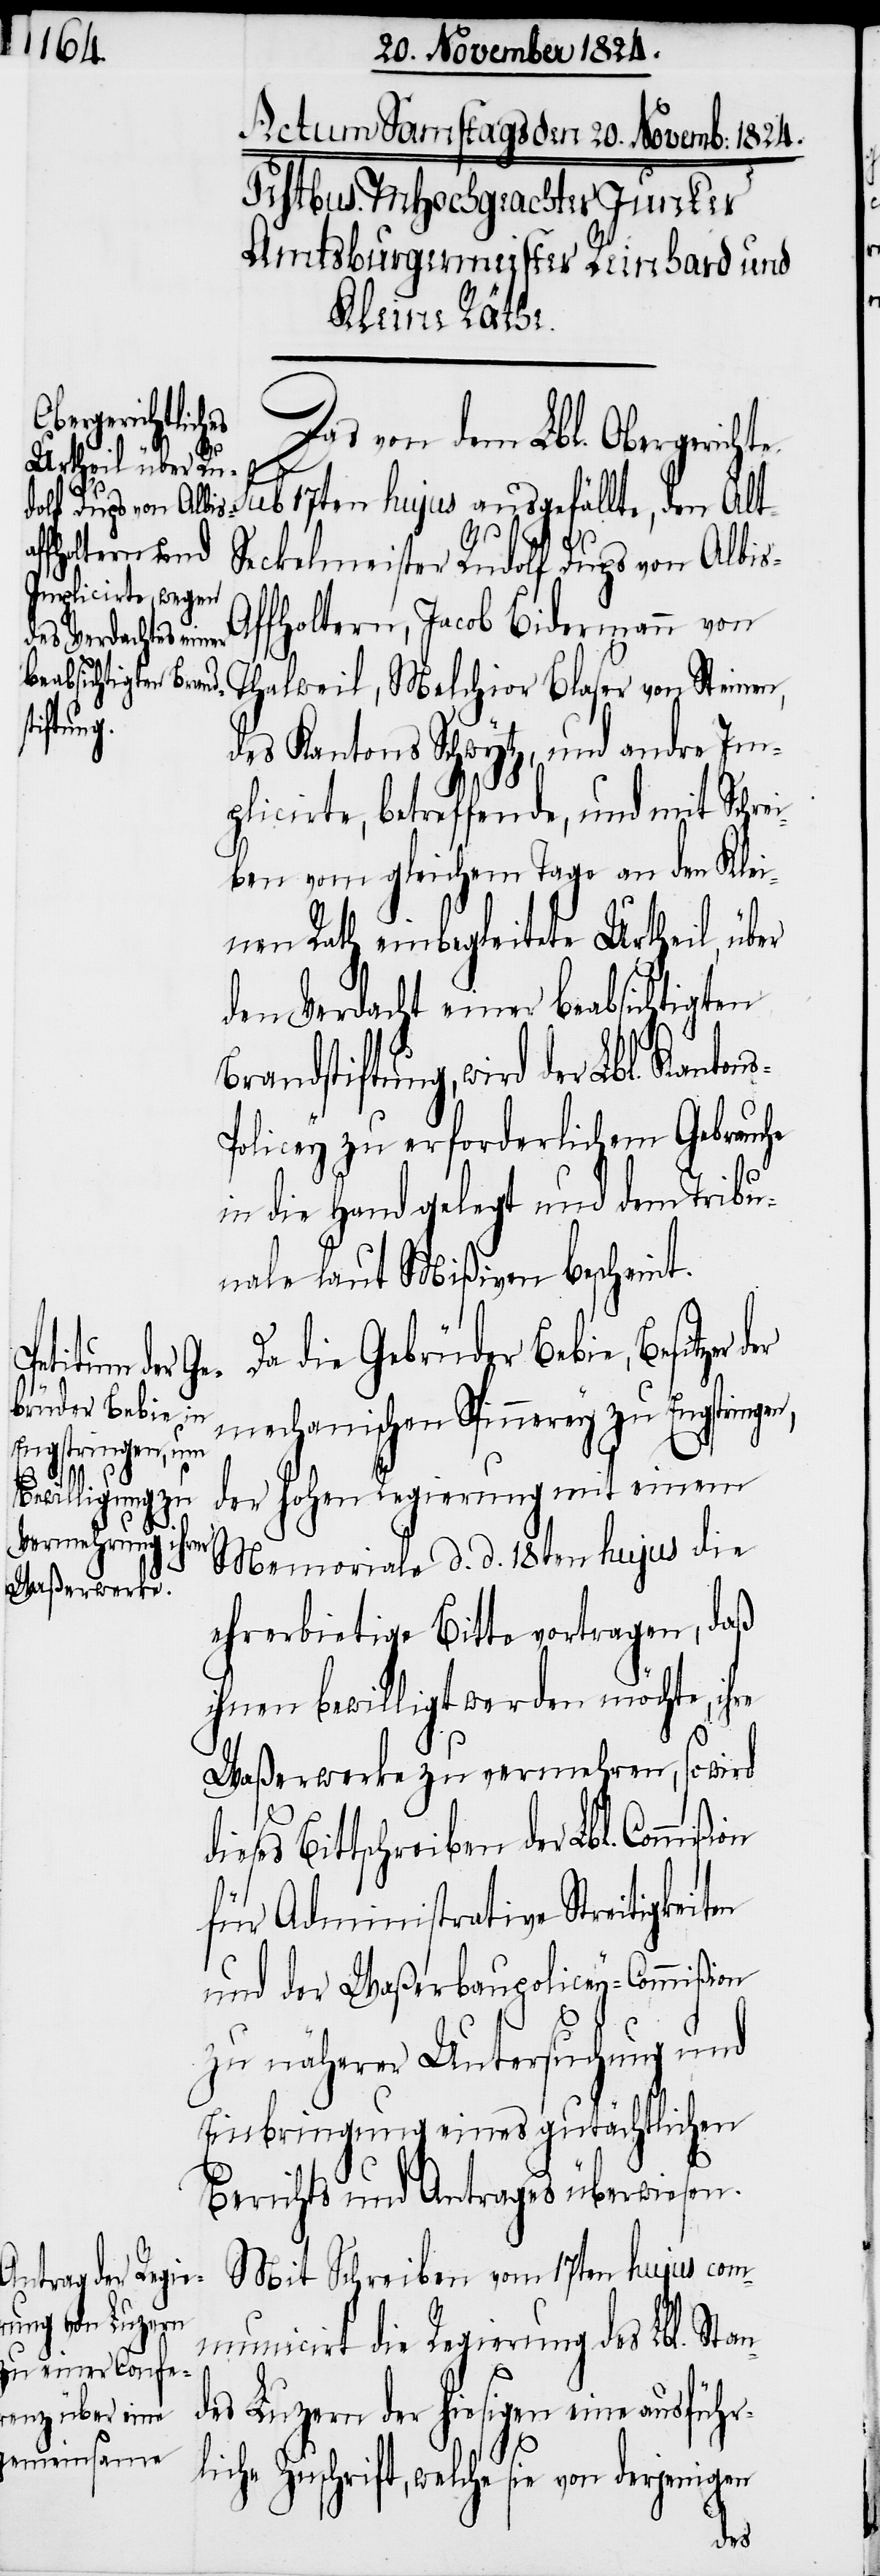
Das von dem Lbl. Obergeri¬
chte sub 17ten hujus ausgefällte, dem Alt-S¬
eckelmeister Rudolf Dups von Albi¬
ffholtern, Jacob Bidermann von
Thalweil, Melchior Blaser von Steinen,
des Kantons Schwytz, und andre Im¬
plicirte, betreffende, und mit Schrei¬
ben vom gleichen Tage an den Klei¬
nen Rath einbegleitete Urtheil, über
den Verdacht einer beabsichtigten
Brandstiftung, wird der
zu erforderlichem Gebrauche
in die Hand gelegt und dem Tribu¬
nale laut Mißiven bescheint.
Da die Gebrüder Bebie, Besitzer
mechanischen Spinnerey zu Engstringen,
s-A¬
der hohen Regierung mit einem
Memoriale d. d. 18ten hujus die
ehrerbietige Bitte vortragen, daß
ihnen bewilligt werden möchte, ihre
Waßerwerke zu vermehren, so wird
es Bittschreiben der Lbl. Commi¬
für Administrative Streitigkeit¬
und der Waßerbaupolicey-Commißion
zu näherer Untersuchung und
Einbringung eines gutächtlichen
Berichts und Antrages überwiesen.
Mit Schreiben vom 17ten hujus com¬
municirt die Regierung des Lbl. Stan¬
der hiesigen eine ausführ¬
liche Zuschrift, welche sie von derjenigen
des